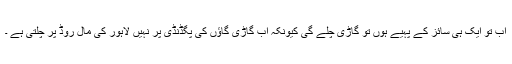
اب تو ایک ہی سائز کے پہیے ہوں تو گاڑی چلے گی کیونکہ اب گاڑی گاؤں کی پگڈنڈی پر نہیں لاہور کی مال روڈ پر چلتی ہے ۔